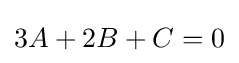
3A+2B+C=0